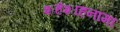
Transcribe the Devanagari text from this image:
शहंशाहनामा